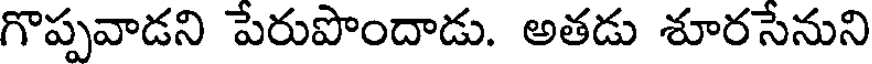
గొప్పవాడని పేరుపొందాడు. అతడు శూరసేనుని